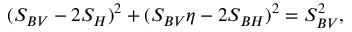
( S _ { B V } - 2 S _ { H } ) ^ { 2 } + ( S _ { B V } \eta - 2 S _ { B H } ) ^ { 2 } = S _ { B V } ^ { 2 } ,